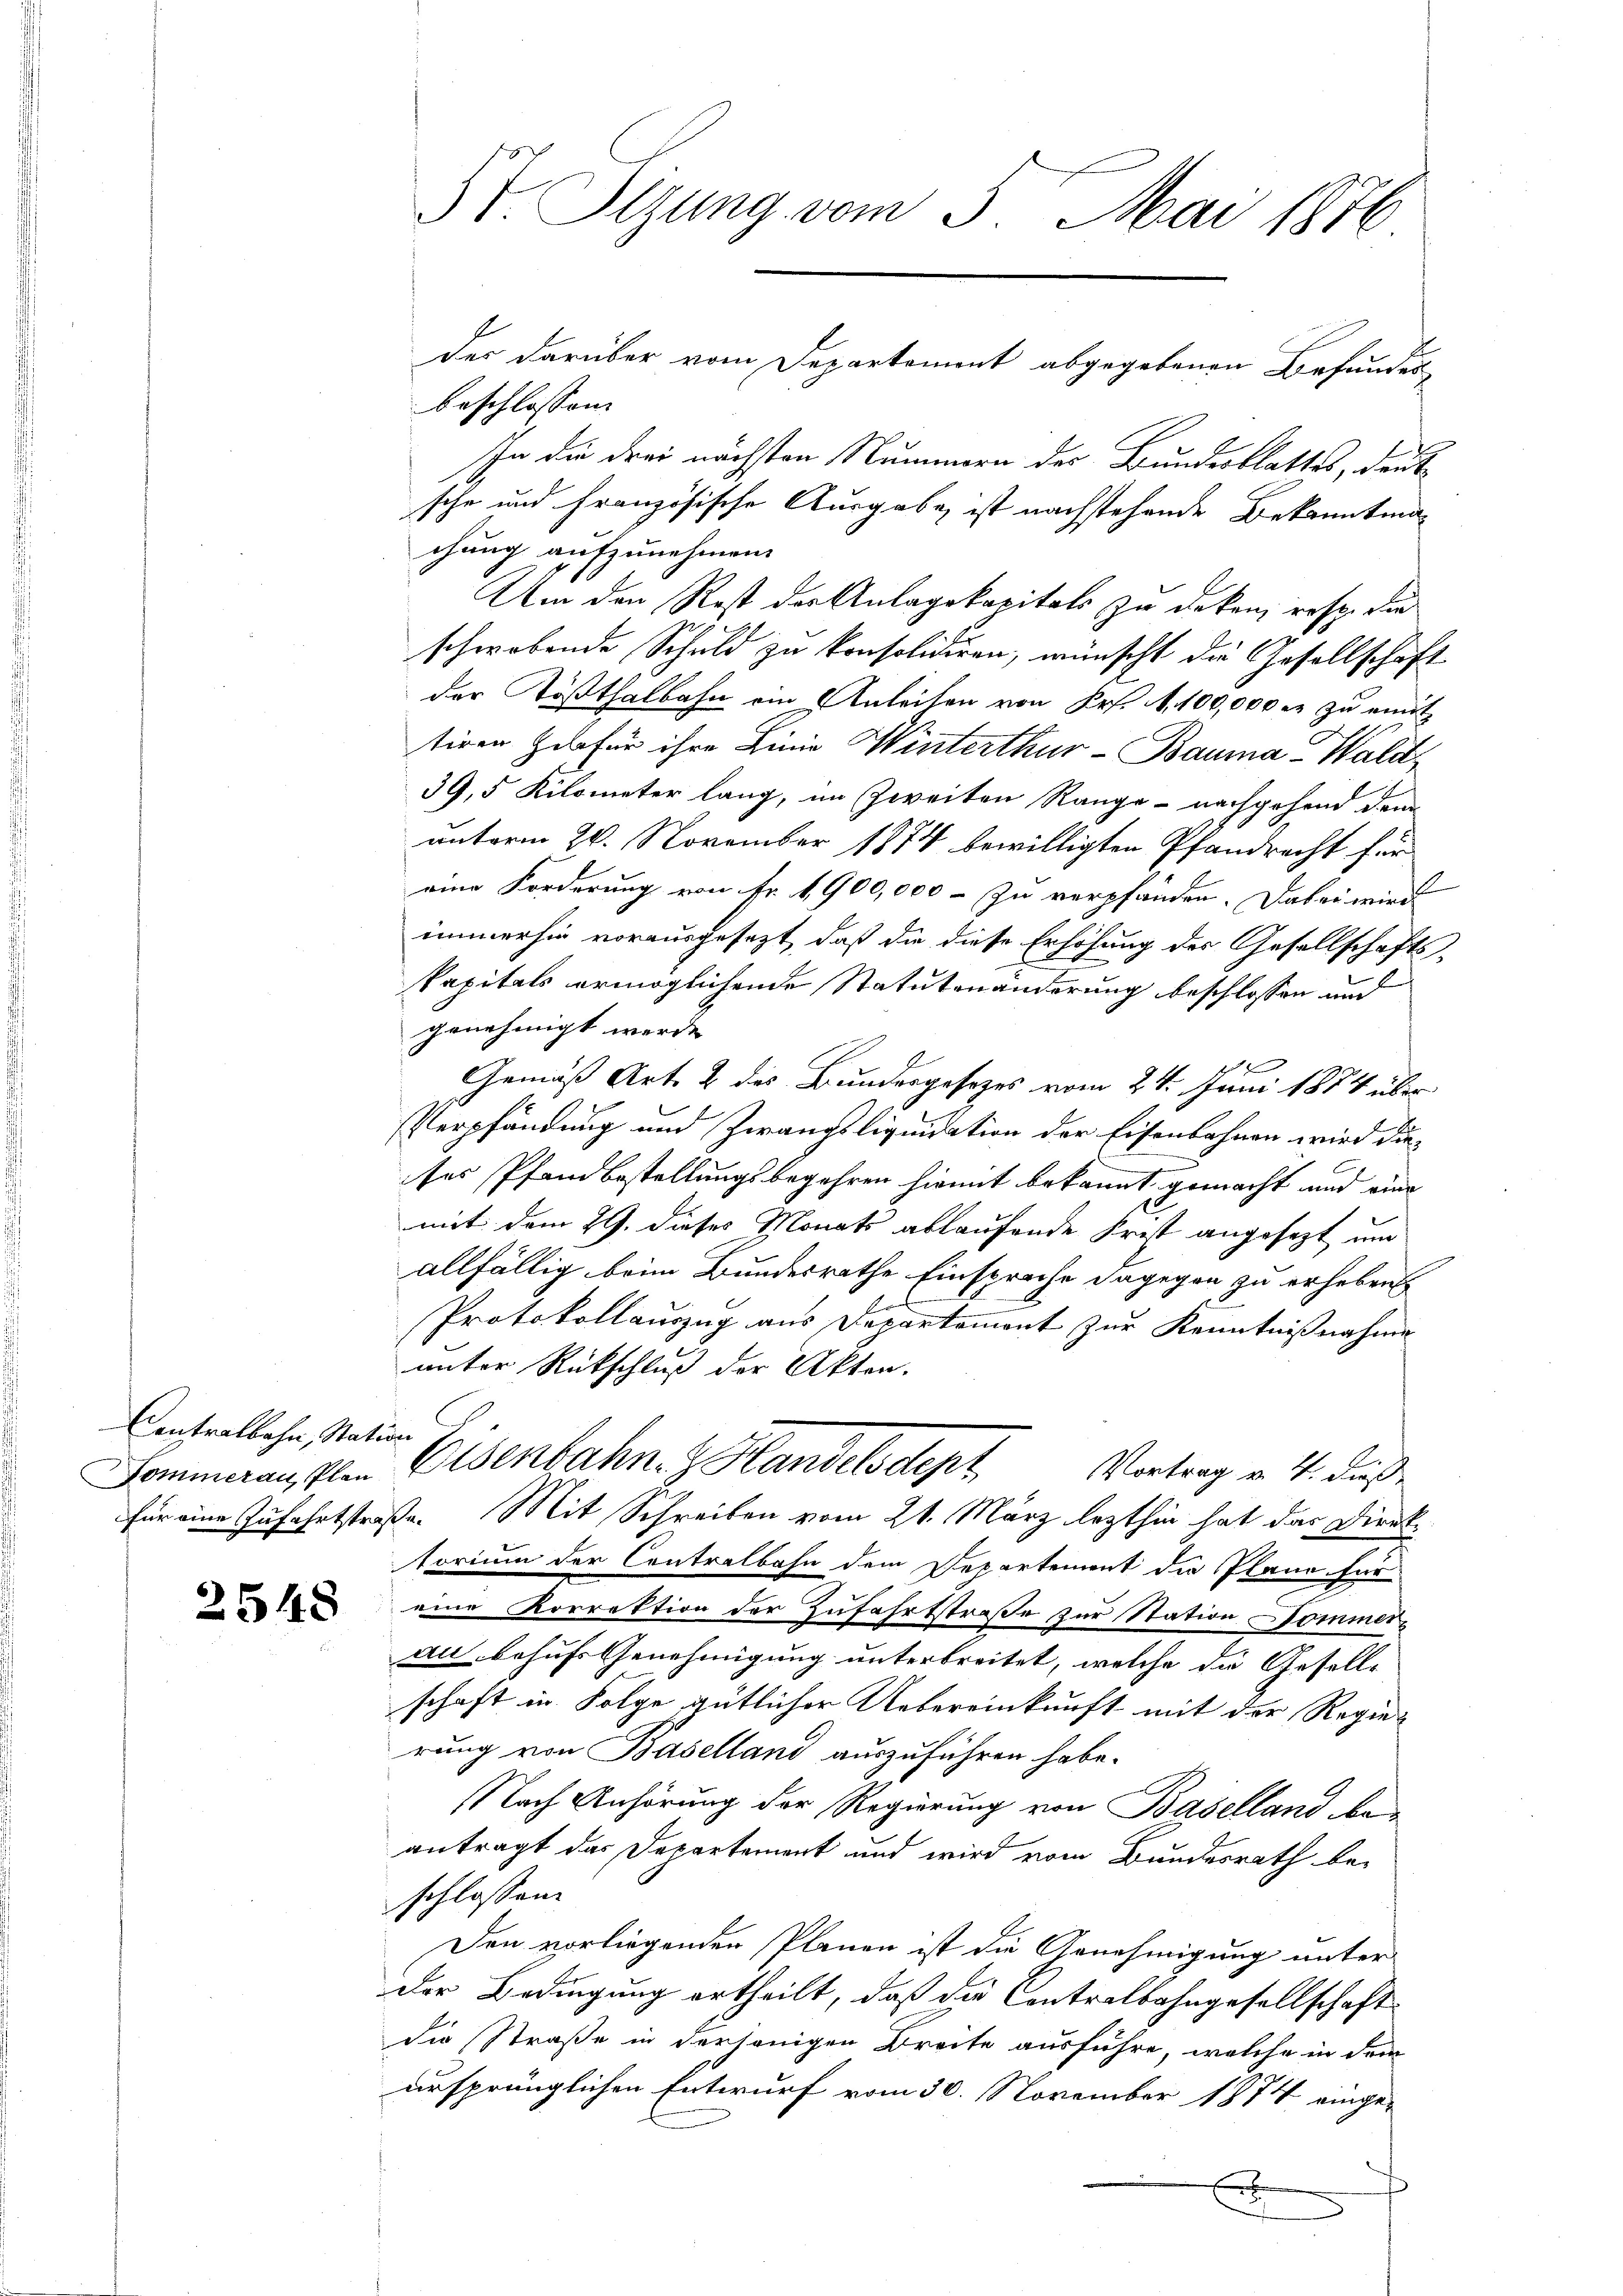
Contralbahn, Nation

2548

St. Sizung vom 5. Mai 1876

der darüber vom Departement abgegebenen Befundes

beschlossen:
In die drei nächsten Nummern der Bundesblattes, deut
sche und Französische Ausgabe ist nachstehende Bekanntmachung aufzunehmen.
Um den Rest der Anlagskapitals zu deken, resp. die
schwebende Schuld zu konsolidiren, wünscht die Gesellschaft
der Tößthalbahn ein Anleihen von Pr. A. 100,000 er zu emit
tiven habe für ihre Linie Winterthur–Bauma Wald¬
39,5 Kilometer lang, im Zweiten Range - nachgehend dem
unterm 26. November 1874 bewilligten Pfandrecht für
eine Forderung von Fr. 1900,000 - zu verpfänden. Dabei wird
immerhin vorausgesezt, daß die diese Erhöhung der Gesellschafts-
kapitals ermöglichende Statutenänderung beschlossen und
genehmigt werde.
Gemäß Art. 2 des Bundergesetzes vom 24. Juni 1884 über
Verpfändung und Zwangsliquidation der Eisenbahnen wird dieses Pfandbestellungsbegehren hiemit bekannt gemacht und eine
mit dem 29. dieses Monats ablaufende Frist angesetzt und
allfällig beim Bundesrathe Einsprache dagegen zu erheben.
Protokollauszug aus Departement zur Kenntnißnahme
unter Rückschluß der Akten.
Gommeran, von Eisenbahn- & Handelsdept
Vortrag v. 4. dieß
für eine Zufahrtstraße. Mit Schreiben vom 21. März lezthin hat das Direktorium der Contralbahn dem Departement die Plane für
eine Korrektion der Zufahrtstraße zur Station Pommerau behufs Genehmigung unterbreitet, welche die Gesell-
schaft in Folge gütlicher Uebereinkunft mit der Regierung von Baselland auszuführen habe.
Nach Anhörung der Regierung von Baselland be-
antragt das Departement und wird vom Bundesrath beschlossen.
Den vorliegenden Planen ist die Genehmigung unter
der Bedingung ertheilt, daß die Contralbahngesellschaft
die Straße in derjenigen Breite ausführe, welche in dem
ursprünglichen Entwurf vom 30. November 1874 einge-
e